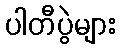
ပါတီပွဲများ